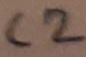
Text: C2